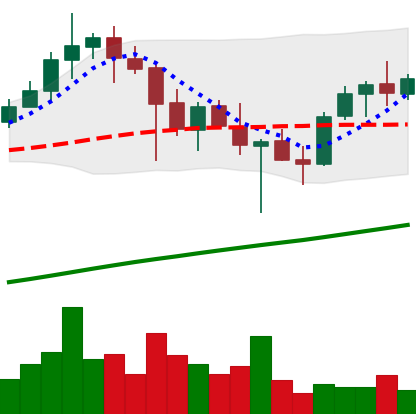
Ticker: ADA-USD
Chart end date: 2021-04-30
Forward return: 9.101%
Label: up_7plus